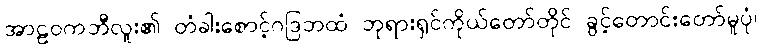
အာဠဝကဘီလူး၏ တံခါးစောင့်ဂဒြဘထံ ဘုရားရှင်ကိုယ်တော်တိုင် ခွင့်တောင်းတော်မူပုံ၊